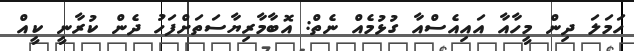
ހަމަލަ ދިން މީހާއާ އައިއެސްއާ ގުޅުމެއް ނެތް: އޮބާމާރިޔާސަތަށްފަހު ދެން ކުރާނީ ކީއް